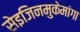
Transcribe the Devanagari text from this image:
सेइजिनमुकेमांगा